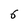
Character: 6